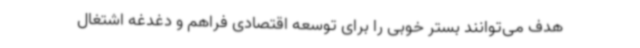
هدف می‌توانند بستر خوبی را برای توسعه اقتصادی فراهم و دغدغه اشتغال